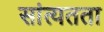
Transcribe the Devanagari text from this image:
सांत्यतता